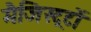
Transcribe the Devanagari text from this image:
मैजिस्ट्रटों